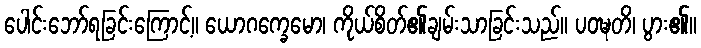
ပေါင်းဘော်ရခြင်းကြောင့်။ ယောဂက္ခေမော၊ ကိုယ်စိတ်၏ချမ်းသာခြင်းသည်။ ပဝဍ္ဎတိ၊ ပွား၏။